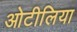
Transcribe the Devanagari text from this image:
ओटीलिया